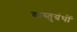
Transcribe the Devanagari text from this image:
वास्तुग्रंथों